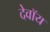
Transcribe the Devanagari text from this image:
देवॉय